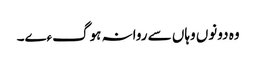
وہ دونوں وہاں سے روانہ ہوگءے۔